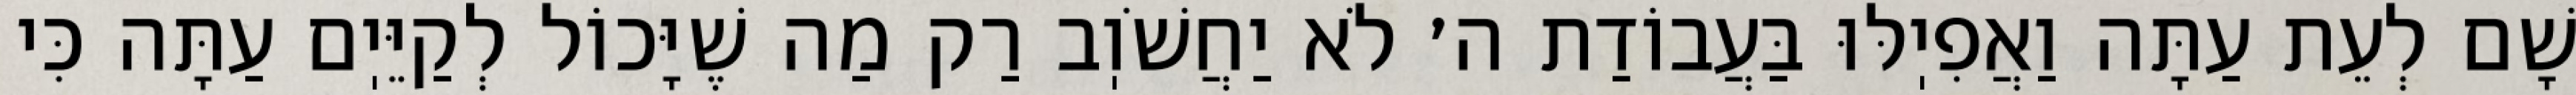
שָׁם לְעֵת עַתָּה וַאֲפִיֽלּוּ בַּעֲבוֹדַת ה׳ לֹא יַחֲשֹׁוֽב רַק מַה שֶׁיָּכוֹל לְקַיֵּיֽם עַתָּה כִּי